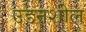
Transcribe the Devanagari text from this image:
उडनशील